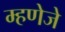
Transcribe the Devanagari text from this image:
म्हणेजे